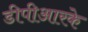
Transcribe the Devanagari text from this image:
डीपीआरके